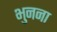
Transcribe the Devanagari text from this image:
भुनना